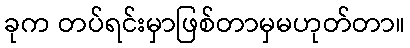
ခုက တပ်ရင်းမှာဖြစ်တာမှမဟုတ်တာ။